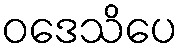
ဝဒေသိပေ